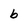
Character: b